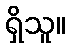
ရှိသူ။